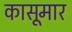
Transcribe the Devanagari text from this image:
कासूमार